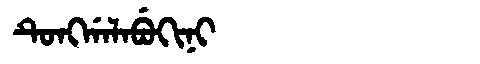
Manchu: ᡨᡠᠩᡤᠠᠯᠠᠪᡠᡴᡳᠨᡳ
Romanization: TUNGGALABUKINI